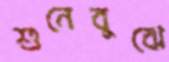
শুনেবুঝে